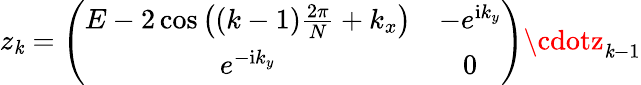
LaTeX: z_{\mathit{k}}=\left(\begin{array}{cc}{{E-2\cos\left((k-1)\frac{2\pi}{N}+k_{x}\right)}}&{{-e^{{\mathrm i}k_{y}}}}\\ {{e^{-{\mathrm i}k_{y}}}}&{{0}}\end{array}\right)\cdotz_{\mathit{k}-1}